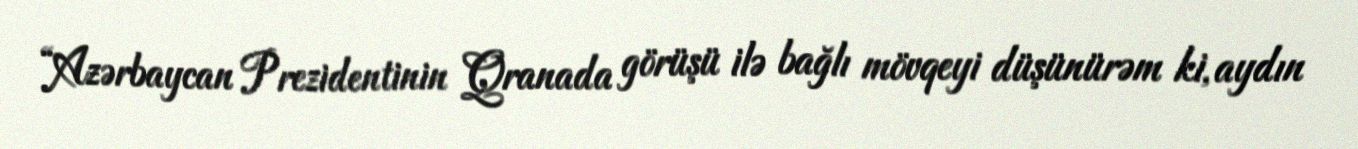
“Azərbaycan Prezidentinin Qranada görüşü ilə bağlı mövqeyi düşünürəm ki, aydın